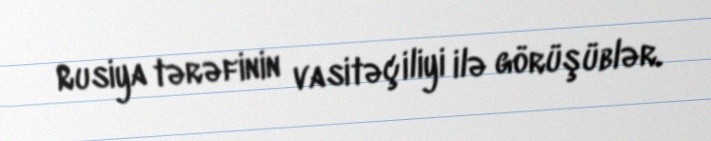
Rusiya tərəfinin vasitəçiliyi ilə görüşüblər.